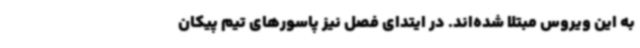
به این ‌ویروس مبتلا شده‌اند. در ایتدای فصل نیز پاسورهای تیم پیکان